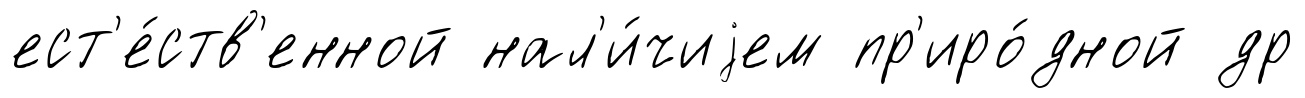
ест'е́ств'енной нал'и́чиjем пр'иро́дной др